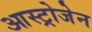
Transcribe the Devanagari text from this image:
आस्ट्रोजेन